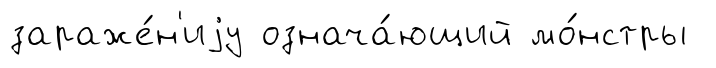
зараже́н'иjу означа́ющий мо́нстры